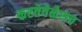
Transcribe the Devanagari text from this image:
करतेवेळेसच